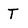
Character: T